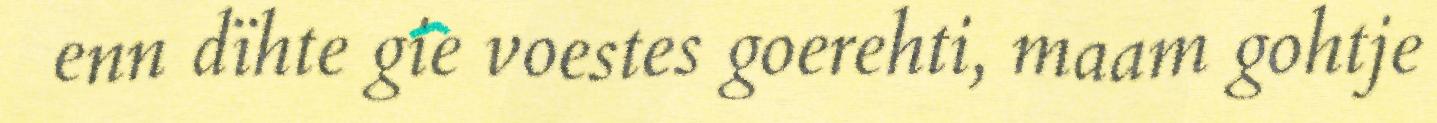
enn dïhte gie voestes goerehti, maam gohtje